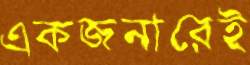
একজনারেই